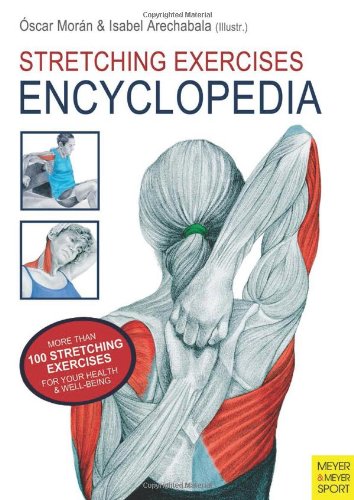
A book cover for Stretching Exercises Encyclopedia; Oscar Moran; Health, Fitness & Dieting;